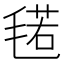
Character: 𱥣